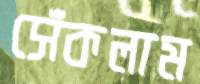
সেঁকলাম